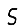
Digit: 5